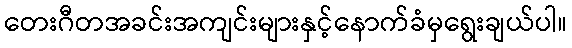
တေးဂီတအခင်းအကျင်းများနှင့်နောက်ခံမှရွေးချယ်ပါ။